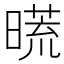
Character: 𣊀